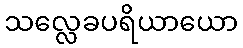
သလ္လေခပရိယာယော